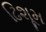
ઢિશૂમ